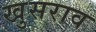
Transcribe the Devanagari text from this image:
खुसराव